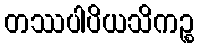
တဿပါပိယသိကဉ္စ